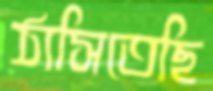
ঠাসিতেছি